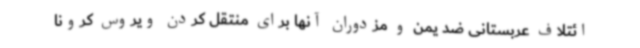
ائتلاف عربستانی ضد یمن و مزدوران آنها برای منتقل کردن ویروس کرونا